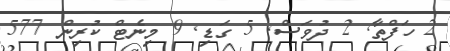
2 ހަފްތާ